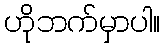
ဟိုဘက်မှာပါ။